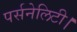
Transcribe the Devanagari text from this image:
पर्सनेलिटी।